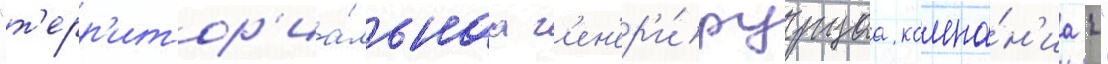
"т'ерр'итор'иа́льнаа г'ен'ер'и́руущаа компа́н'иа 4"